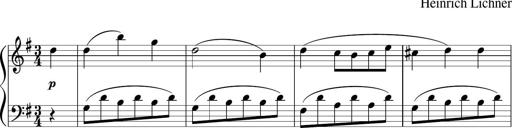
Title: 3 Sonatinen
Composer: Heinrich Lichner